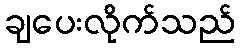
ချပေးလိုက်သည်